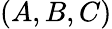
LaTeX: (A,B,C)